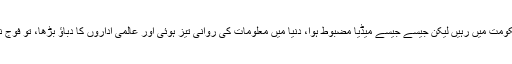
ہماری اسٹیبلشمنٹ کی ہمیشہ سے خواہش اور کوشش رہی ہے کہ وہ براہ راست حکومت میں رہیں لیکن جیسے جیسے میڈیا مضبوط ہوا، دنیا میں معلومات کی روانی تیز ہوئی اور عالمی اداروں کا دباؤ بڑھا، تو فوج نے ڈرائیونگ سیٹ کے بجائے پچھلی سیٹ پر بیٹھ کر حکومت کرنا شروع کردی۔